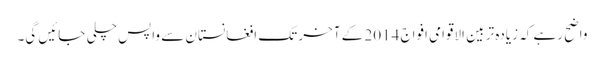
واضح رہے کہ زیادہ تر بین الاقوامی افواج 2014 کے آخر تک افغانستان سے واپس چلی جائیں گی۔